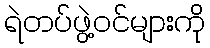
ရဲတပ်ဖွဲ့ဝင်များကို